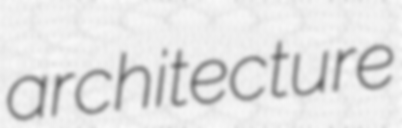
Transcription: architecture